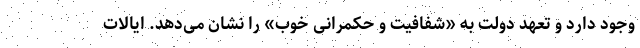
وجود دارد و تعهد دولت به «شفافیت و حکمرانی خوب» را نشان می‌دهد. ایالات